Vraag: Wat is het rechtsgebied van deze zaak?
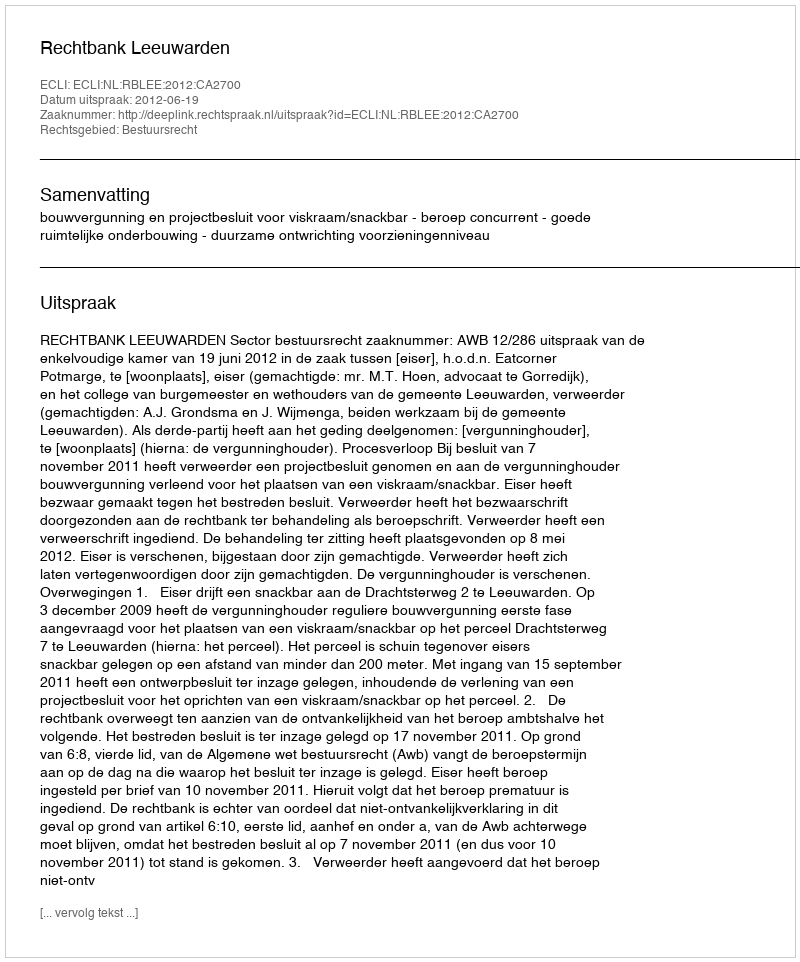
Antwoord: Bestuursrecht